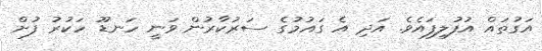
އަގުތައް އުފުލިފައެވެ. އަދި އެ ގައުމުގެ ސަރުކާރުން ވަނީ ހަނޑޫ ހަކުރު ފުށް